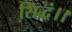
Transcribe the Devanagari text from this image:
सिद्धं।।